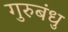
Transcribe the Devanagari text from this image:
गुरुबंधु